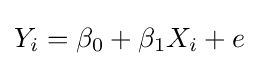
Y_{i}=\beta _{0}+\beta _{1}X_{i}+e